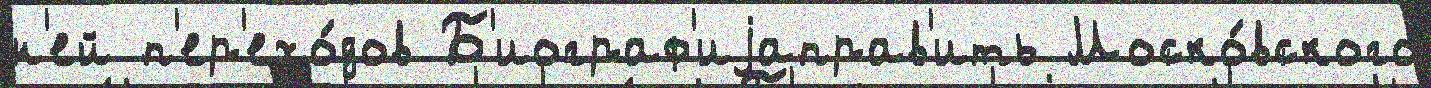
н'ей п'ер'ехо́дов Б'иограф'иjаправ'ить Моско́вского